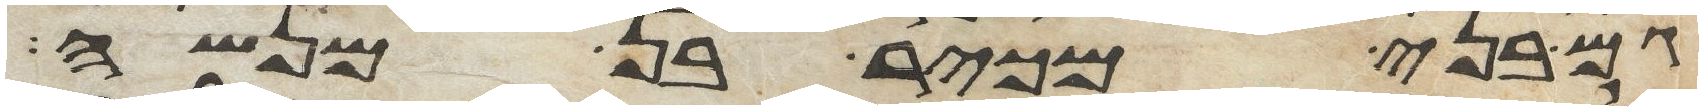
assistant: גם בני מכיר בן מנשה